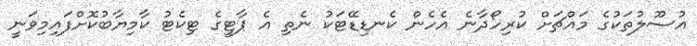
އުސޫލުތަކުގެ މައްޗަށް ކުރިހޯދާނެ އެހެން ކެނޑިޑޭޓަކު ނެތި އެ ޕާޓީގެ ޓިކެޓު ކާމިޔާބުކޮށްފައިމިވަނީ